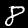
Digit: 8